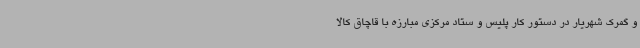
و گمرک شهریار در دستور کار پلیس و ستاد مرکزی مبارزه با قاچاق کالا